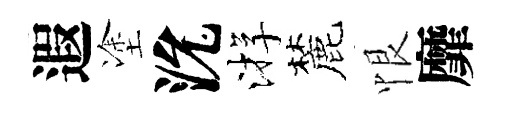
遐塗沇㳺麓恨靡